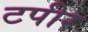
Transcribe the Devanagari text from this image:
टपीर